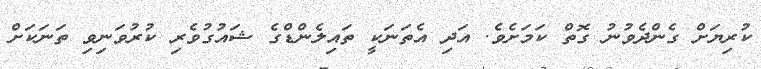
ކުރިޔަށް ގެންދެވުނު ގޮތް ކަމަށެވެ. އަދި އެތަނަކީ ތައިލެންޑްގެ ޝައުގުވެރި ކުރުވަނިވި ތަނަކަށް